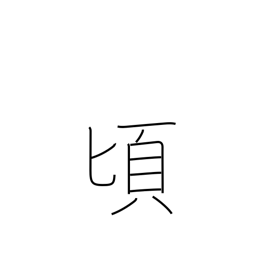
Meaning: toward